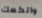
والكعك